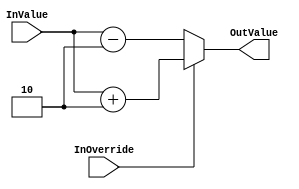
`timescale 1ns/1ps
`default_nettype none
// PLEASE READ THIS, IT MAY SAVE YOU SOME TIME AND MONEY, THANK YOU!
// * This file was generated by Quokka FPGA Toolkit.
// * Generated code is your property, do whatever you want with it
// * Place custom code between [BEGIN USER ***] and [END USER ***].
// * CAUTION: All code outside of [USER] scope is subject to regeneration.
// * Bad things happen sometimes in developer's life,
//   it is recommended to use source control management software (e.g. git, bzr etc) to keep your custom code safe'n'sound.
// * Internal structure of code is subject to change.
//   You can use some of signals in custom code, but most likely they will not exist in future (e.g. will get shorter or gone completely)
// * Please send your feedback, comments, improvement ideas etc. to evmuryshkin@gmail.com
// * Visit https://github.com/EvgenyMuryshkin/QuokkaEvaluation to access latest version of playground
//
// DISCLAIMER:
//   Code comes AS-IS, it is your responsibility to make sure it is working as expected
//   no responsibility will be taken for any loss or damage caused by use of Quokka toolkit.
//
// System configuration name is OverrideScheduleComposition_TopLevel_L1Override, clock frequency is 1Hz, Embedded
// FSM summary
// -- Packages
module OverrideScheduleComposition_TopLevel_L1Override
(
	// [BEGIN USER PORTS]
	// [END USER PORTS]
	input wire InOverride,
	input wire [7:0] InValue,
	output wire [7:0] OutValue
);
	// [BEGIN USER SIGNALS]
	// [END USER SIGNALS]
	localparam HiSignal = 1'b1;
	localparam LoSignal = 1'b0;
	wire Zero = 1'b0;
	wire One = 1'b1;
	wire true = 1'b1;
	wire false = 1'b0;
	wire CombinationalOverridesBase_L16F50T51_Expr = 1'b1;
	wire [1: 0] CombinationalOverridesBase_L14F61T77_CombinationalL1Override_L15F9L17T10_CombinationalL1Override_L16F44T45_Expr = 2'b10;
	wire [1: 0] CombinationalOverridesBase_L14F80T96_CombinationalL1Override_L10F9L12T10_CombinationalL1Override_L11F44T45_Expr = 2'b10;
	wire Inputs_InOverride;
	wire [7: 0] Inputs_InValue;
	wire [7: 0] InternalOffset;
	wire [7: 0] CombinationalOverridesBase_L14F61T77_CombinationalL1Override_L15F9L17T10_CombinationalL1Override_L16F20T46_Cast;
	wire [7: 0] CombinationalOverridesBase_L14F80T96_CombinationalL1Override_L10F9L12T10_CombinationalL1Override_L11F20T46_Cast;
	wire [7: 0] CombinationalOverridesBase_L14F41T96_WhenTrue;
	wire [7: 0] CombinationalOverridesBase_L14F41T96_WhenFalse;
	wire [7: 0] CombinationalOverridesBase_L14F41T96_Ternary;
	wire [9: 0] CombinationalOverridesBase_L14F61T77_CombinationalL1Override_L15F9L17T10_CombinationalL1Override_L16F27T45_Expr;
	wire signed [9: 0] CombinationalOverridesBase_L14F61T77_CombinationalL1Override_L15F9L17T10_CombinationalL1Override_L16F27T45_Expr_1;
	wire signed [9: 0] CombinationalOverridesBase_L14F61T77_CombinationalL1Override_L15F9L17T10_CombinationalL1Override_L16F27T45_Expr_2;
	wire signed [9: 0] CombinationalOverridesBase_L14F80T96_CombinationalL1Override_L10F9L12T10_CombinationalL1Override_L11F27T45_Expr;
	wire signed [9: 0] CombinationalOverridesBase_L14F80T96_CombinationalL1Override_L10F9L12T10_CombinationalL1Override_L11F27T45_Expr_1;
	wire signed [9: 0] CombinationalOverridesBase_L14F80T96_CombinationalL1Override_L10F9L12T10_CombinationalL1Override_L11F27T45_Expr_2;
	assign CombinationalOverridesBase_L14F61T77_CombinationalL1Override_L15F9L17T10_CombinationalL1Override_L16F27T45_Expr = CombinationalOverridesBase_L14F61T77_CombinationalL1Override_L15F9L17T10_CombinationalL1Override_L16F27T45_Expr_1 + CombinationalOverridesBase_L14F61T77_CombinationalL1Override_L15F9L17T10_CombinationalL1Override_L16F27T45_Expr_2;
	assign CombinationalOverridesBase_L14F80T96_CombinationalL1Override_L10F9L12T10_CombinationalL1Override_L11F27T45_Expr = CombinationalOverridesBase_L14F80T96_CombinationalL1Override_L10F9L12T10_CombinationalL1Override_L11F27T45_Expr_1 - CombinationalOverridesBase_L14F80T96_CombinationalL1Override_L10F9L12T10_CombinationalL1Override_L11F27T45_Expr_2;
	assign CombinationalOverridesBase_L14F41T96_Ternary = (Inputs_InOverride ? CombinationalOverridesBase_L14F41T96_WhenTrue : CombinationalOverridesBase_L14F41T96_WhenFalse);
	assign CombinationalOverridesBase_L14F61T77_CombinationalL1Override_L15F9L17T10_CombinationalL1Override_L16F27T45_Expr_1 = {
		{2{1'b0}},
		Inputs_InValue
	}
	;
	assign CombinationalOverridesBase_L14F61T77_CombinationalL1Override_L15F9L17T10_CombinationalL1Override_L16F27T45_Expr_2 = {
		{8{1'b0}},
		CombinationalOverridesBase_L14F61T77_CombinationalL1Override_L15F9L17T10_CombinationalL1Override_L16F44T45_Expr
	}
	;
	assign CombinationalOverridesBase_L14F80T96_CombinationalL1Override_L10F9L12T10_CombinationalL1Override_L11F27T45_Expr_1 = {
		{2{1'b0}},
		Inputs_InValue
	}
	;
	assign CombinationalOverridesBase_L14F80T96_CombinationalL1Override_L10F9L12T10_CombinationalL1Override_L11F27T45_Expr_2 = {
		{8{1'b0}},
		CombinationalOverridesBase_L14F80T96_CombinationalL1Override_L10F9L12T10_CombinationalL1Override_L11F44T45_Expr
	}
	;
	assign Inputs_InOverride = InOverride;
	assign Inputs_InValue = InValue;
	assign InternalOffset = {
		{7{1'b0}},
		CombinationalOverridesBase_L16F50T51_Expr
	}
	;
	assign CombinationalOverridesBase_L14F61T77_CombinationalL1Override_L15F9L17T10_CombinationalL1Override_L16F20T46_Cast = CombinationalOverridesBase_L14F61T77_CombinationalL1Override_L15F9L17T10_CombinationalL1Override_L16F27T45_Expr[7:0];
	assign CombinationalOverridesBase_L14F80T96_CombinationalL1Override_L10F9L12T10_CombinationalL1Override_L11F20T46_Cast = CombinationalOverridesBase_L14F80T96_CombinationalL1Override_L10F9L12T10_CombinationalL1Override_L11F27T45_Expr[7:0];
	assign CombinationalOverridesBase_L14F41T96_WhenTrue = CombinationalOverridesBase_L14F61T77_CombinationalL1Override_L15F9L17T10_CombinationalL1Override_L16F20T46_Cast;
	assign CombinationalOverridesBase_L14F41T96_WhenFalse = CombinationalOverridesBase_L14F80T96_CombinationalL1Override_L10F9L12T10_CombinationalL1Override_L11F20T46_Cast;
	assign OutValue = CombinationalOverridesBase_L14F41T96_Ternary;
	// [BEGIN USER ARCHITECTURE]
	// [END USER ARCHITECTURE]
endmodule